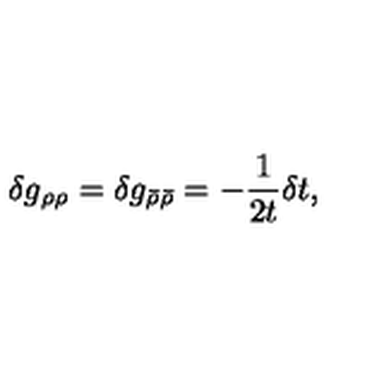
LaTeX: \delta g _ { \rho \rho } = \delta g _ { \bar { \rho } \bar { \rho } } = - \frac 1 { 2 t } \delta t ,